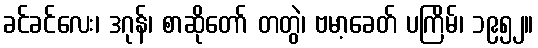
ခင်ခင်လေး၊ ဒဂုန်၊ စာဆိုတော် တတွဲ၊ ဗမာ့ခေတ် ပကြိမ်၊ ၁၉၅၂။